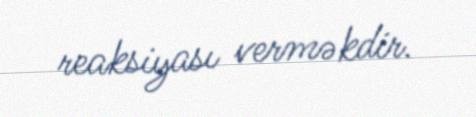
reaksiyası verməkdir.